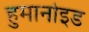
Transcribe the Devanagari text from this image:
हुमानोइड